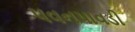
પવનપાવડી